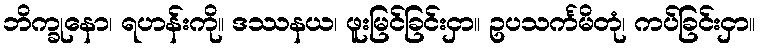
ဘိက္ခုနော၊ ရဟန်းကို။ ဒဿနယ၊ ဖူးမြင်ခြင်းငှာ။ ဥပသင်္ကမိတုံ၊ ကပ်ခြင်းငှာ။